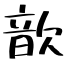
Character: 歆